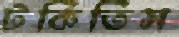
টকিতিস